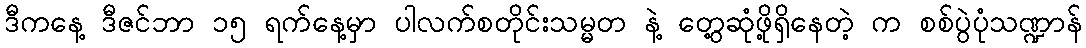
ဒီကနေ့ ဒီဇင်ဘာ ၁၅ ရက်နေ့မှာ ပါလက်စတိုင်းသမ္မတ နဲ့ တွေ့ဆုံဖို့ရှိနေတဲ့ က စစ်ပွဲပုံသဏ္ဍာန်